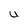
Character: U